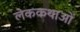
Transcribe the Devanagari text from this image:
लेककथाओं